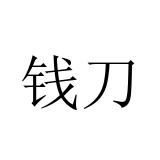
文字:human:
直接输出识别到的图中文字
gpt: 钱刀